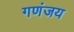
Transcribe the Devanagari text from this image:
गणंजय